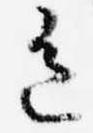
色